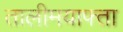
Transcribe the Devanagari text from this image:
तालीमयाफ्ता